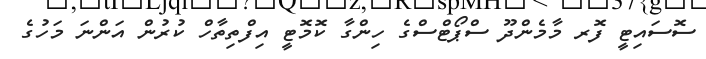
ސޮސައިޓީ ފޮރ މާމެންދޫ ސްޕޯޓްސްގެ ހިންގާ ކޮމޮޓީ އިފްތިތާހް ކުރުން އަންނަ މަހުގެ